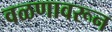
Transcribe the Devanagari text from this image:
वळणावरून